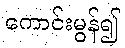
ကောင်းမွန်၍